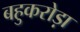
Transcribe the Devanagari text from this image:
बहुकरोड़ा